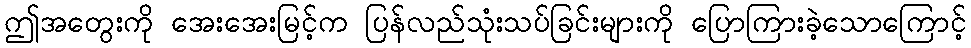
ဤအတွေးကို အေးအေးမြင့်က ပြန်လည်သုံးသပ်ခြင်းများကို ပြောကြားခဲ့သောကြောင့်